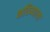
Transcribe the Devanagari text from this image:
भविष्याला